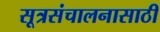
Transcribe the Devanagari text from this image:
सूत्रसंचालनासाठी